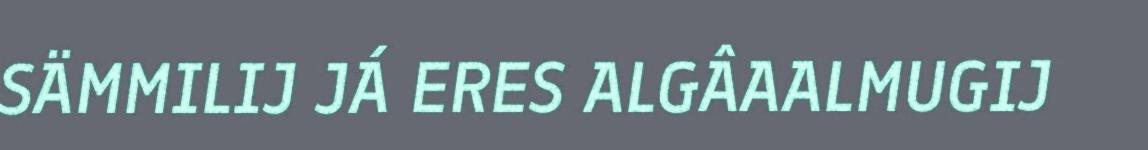
SÄMMILIJ JÁ ERES ALGÂAALMUGIJ